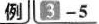
例 3-5